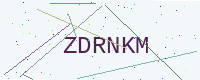
Text: ZDRNKM